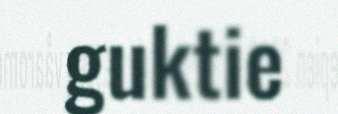
guktie